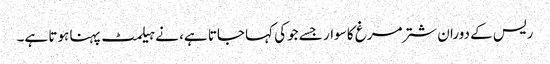
ریس کے دوران شترمرغ کا سوار جسے جوکی کہا جاتا ہے، نے ہیلمٹ پہنا ہوتا ہے۔